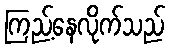
ကြည့်နေလိုက်သည်